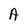
Character: A